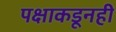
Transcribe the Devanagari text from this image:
पक्षाकडूनही